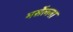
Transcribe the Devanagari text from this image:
मर्सेल्ला